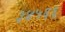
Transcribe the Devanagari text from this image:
३४५६६